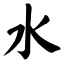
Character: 水